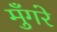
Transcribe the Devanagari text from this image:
मुँगरे